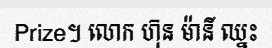
Prize។ លោក ហ៊ុន ម៉ានី ឈ្នះ